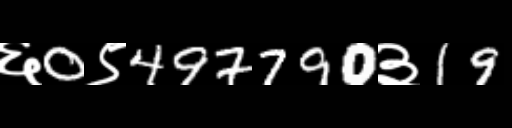
Text: ६0९497790३19